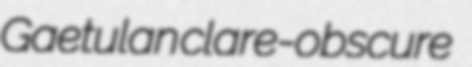
Gaetulan clare-obscure